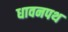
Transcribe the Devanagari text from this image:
धावनपथ